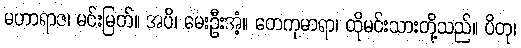
မဟာရာဇ၊ မင်းမြတ်။ အပိ၊ မေးဦးအံ့။ တေကုမာရာ၊ ထိုမင်းသားတို့သည်။ ပိတု၊